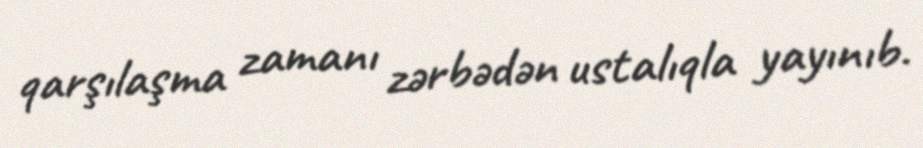
qarşılaşma zamanı zərbədən ustalıqla yayınıb.